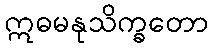
ဣဓမနုသိက္ခတော